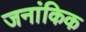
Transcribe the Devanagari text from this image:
जनांकिक